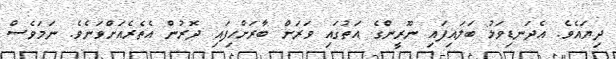
ދިޔައެވެ. އެދަނޑިވަޅު ބަަލައިފައި ނޫރީންގެ އަތުގައި ވަރަށް ބާރަށްހިފައި ދޮރުން އެތެރެއަށްވަނެވެ. ނަމަވެސް